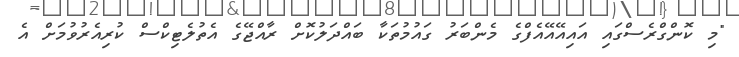
"މި ކޮންގްރެސްގައި އައިއޭއޭއެފްގެ މެންބަރު ގައުމުތަކާ ބައްދަލުކޮށް ރާއްޖޭގެ އެތުލެޓިކްސް ކުރިއެރުވުމަށް އެ